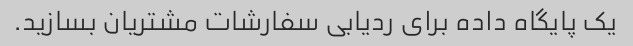
یک پایگاه داده برای ردیابی سفارشات مشتریان بسازید.